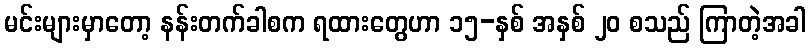
မင်းများမှာတော့ နန်းတက်ခါစက ရထားတွေဟာ ၁၅-နှစ် အနှစ် ၂၀ စသည် ကြာတဲ့အခါ